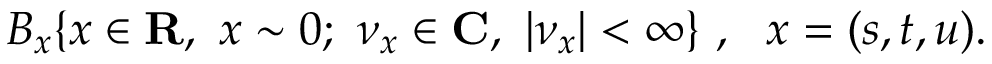
B _ { x } \{ x \in { \bf R } , \ x \sim 0 ; \ { \nu } _ { x } \in { \bf C } , \ | { \nu } _ { x } | < \infty \} \ , \, \, \ x = ( s , t , u ) .